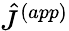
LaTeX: \hat{J}^{(app)}